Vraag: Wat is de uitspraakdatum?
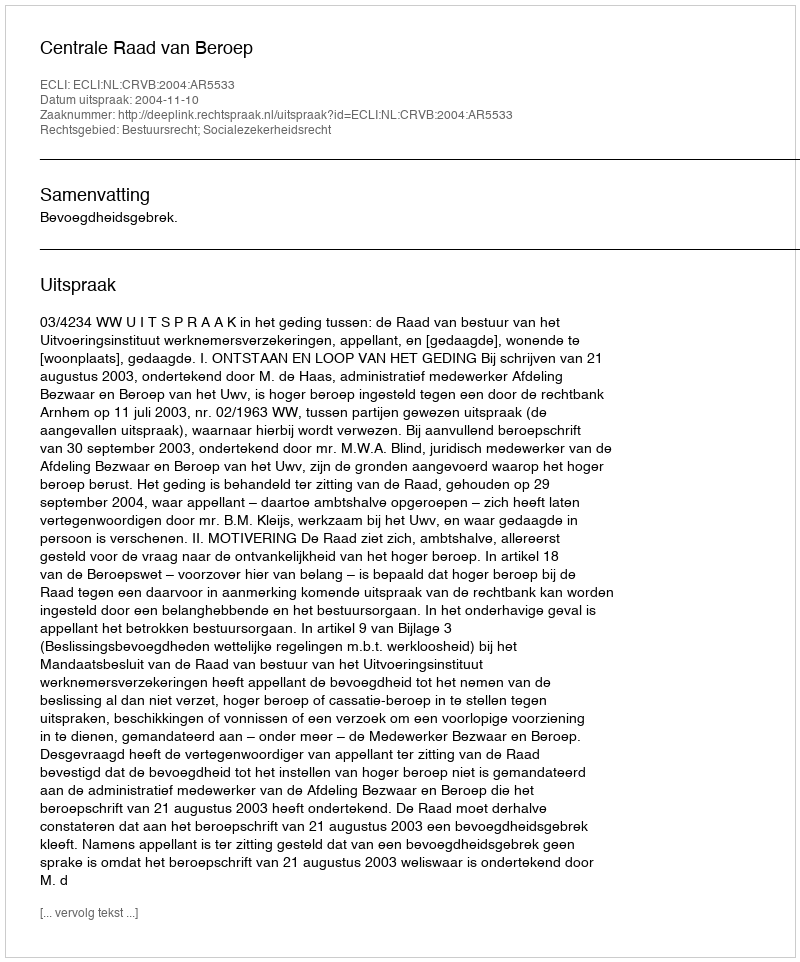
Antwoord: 2004-11-10